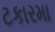
ટકારમા